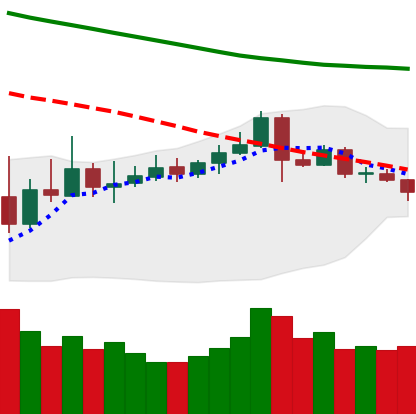
Ticker: ETC-USD
Chart end date: 2019-11-14
Forward return: -7.491%
Label: down_7plus